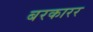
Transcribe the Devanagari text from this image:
बरकारर